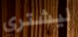
ليشتري